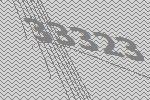
33323